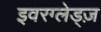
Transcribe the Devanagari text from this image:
इवरग्लेड्ज़